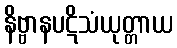
နိဗ္ဗာနပဋိသံယုတ္တာယ